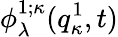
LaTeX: \phi_{\lambda}^{1;\kappa}(q_{\kappa}^{1},t)